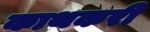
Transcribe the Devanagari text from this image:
काथकरी